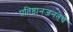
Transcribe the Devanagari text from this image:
प्रतिष्ठानजनतेचे